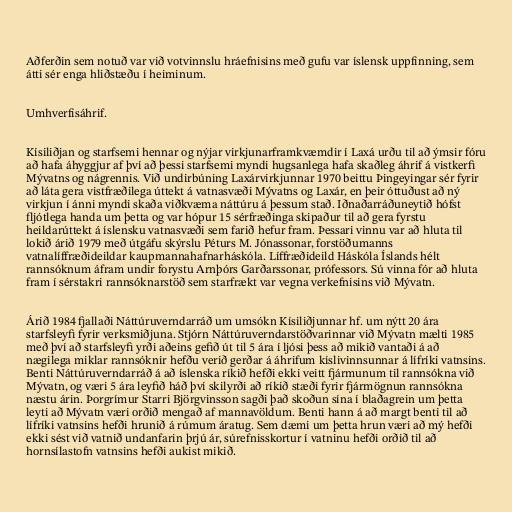
Aðferðin sem notuð var við votvinnslu hráefnisins með gufu var íslensk uppfinning, sem
átti sér enga hliðstæðu í heiminum.

Umhverfisáhrif.

Kísiliðjan og starfsemi hennar og nýjar virkjunarframkvæmdir í Laxá urðu til að ýmsir fóru
að hafa áhyggjur af því að þessi starfsemi myndi hugsanlega hafa skaðleg áhrif á vistkerfi
Mývatns og nágrennis. Við undirbúning Laxárvirkjunnar 1970 beittu Þingeyingar sér fyrir
að láta gera vistfræðilega úttekt á vatnasvæði Mývatns og Laxár, en þeir óttuðust að ný
virkjun í ánni myndi skaða viðkvæma náttúru á þessum stað. Iðnaðarráðuneytið hófst
fljótlega handa um þetta og var hópur 15 sérfræðinga skipaður til að gera fyrstu
heildarúttekt á íslensku vatnasvæði sem farið hefur fram. Þessari vinnu var að hluta til
lokið árið 1979 með útgáfu skýrslu Péturs M. Jónassonar, forstöðumanns
vatnalíffræðideildar kaupmannahafnarháskóla. Líffræðideild Háskóla Íslands hélt
rannsóknum áfram undir forystu Arnþórs Garðarssonar, prófessors. Sú vinna fór að hluta
fram í sérstakri rannsóknarstöð sem starfrækt var vegna verkefnisins við Mývatn.

Árið 1984 fjallaði Náttúruverndarráð um umsókn Kísiliðjunnar hf. um nýtt 20 ára
starfsleyfi fyrir verksmiðjuna. Stjórn Náttúruverndarstöðvarinnar við Mývatn mælti 1985
með því að starfsleyfi yrði aðeins gefið út til 5 ára í ljósi þess að mikið vantaði á að
nægilega miklar rannsóknir hefðu verið gerðar á áhrifum kíslivinnsunnar á lífríki vatnsins.
Benti Náttúruverndarráð á að íslenska ríkið hefði ekki veitt fjármunum til rannsókna við
Mývatn, og væri 5 ára leyfið háð því skilyrði að ríkið stæði fyrir fjármögnun rannsókna
næstu árin. Þorgrímur Starri Björgvinsson sagði það skoðun sína í blaðagrein um þetta
leyti að Mývatn væri orðið mengað af mannavöldum. Benti hann á að margt benti til að
lífríki vatnsins hefði hrunið á rúmum áratug. Sem dæmi um þetta hrun væri að mý hefði
ekki sést við vatnið undanfarin þrjú ár, súrefnisskortur í vatninu hefði orðið til að
hornsílastofn vatnsins hefði aukist mikið.